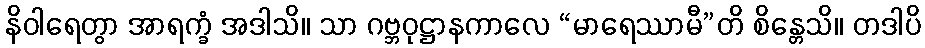
နိဝါရေတွာ အာရက္ခံ အဒါသိ။ သာ ဂဗ္ဘဝုဋ္ဌာနကာလေ “မာရေဿာမီ”တိ စိန္တေသိ။ တဒါပိ